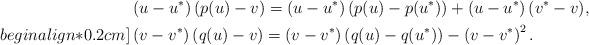
LaTeX: \begin{align*} &\left(u-u^*\right)(p(u)-v)=\left(u-u^*\right)(p(u)-p(u^*))+\left(u-u^*\right)(v^*-v),\\begin{align*}0.2cm] &\left(v-v^*\right)\left(q(u)-v\right)=\left(v-v^*\right)\left(q(u)-q(u^*)\right)-\left(v-v^*\right)^2.\end{align*}